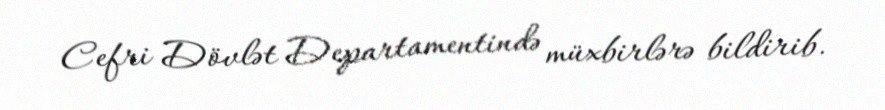
Cefri Dövlət Departamentində müxbirlərə bildirib.